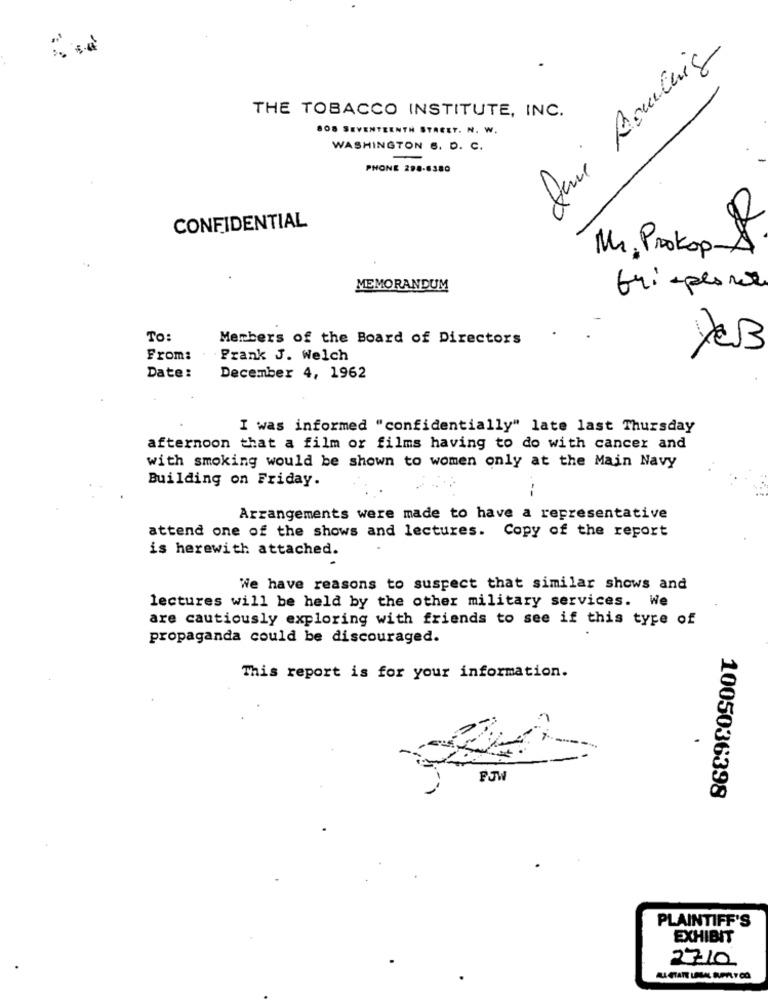
June Bowling
THE TOBACCO INSTITUTE, INC.
808 SEVENTEENTH STREET. N. W.
WASHINGTON 6. D. C.
-
PHONE 298-8380
CONFIDENTIAL
Mr. Prokop 1
MEMORANDUM
fri-plone
To:
Members of the Board of Directors
From:
Prank J. Welch
Date:
December 4, 1962
I was informed "confidentially" late last Thursday
afternoon that a film or films having to do with cancer and
with smoking would be shown to women only at the Main Navy
Building on Friday.
--
Arrangements were made to have a representative
attend one of the shows and lectures. Copy of the report
is herewith attached.
We have reasons to suspect that similar shows and
lectures will be held by the other military services. We
are cautiously exploring with friends to see if this type of
propaganda could be discouraged.
This report is for your information.
FJW
1005036398
PLAINTIFF'S
EXHIBIT
2710